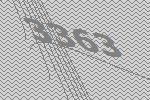
3363